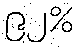
၉၂%